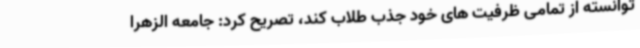
توانسته از تمامی ظرفیت های خود جذب طلاب کند، تصریح کرد: جامعه الزهرا